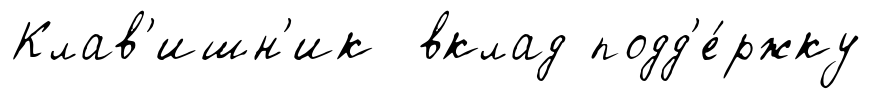
Клав'ишн'ик вклад подд'е́ржку